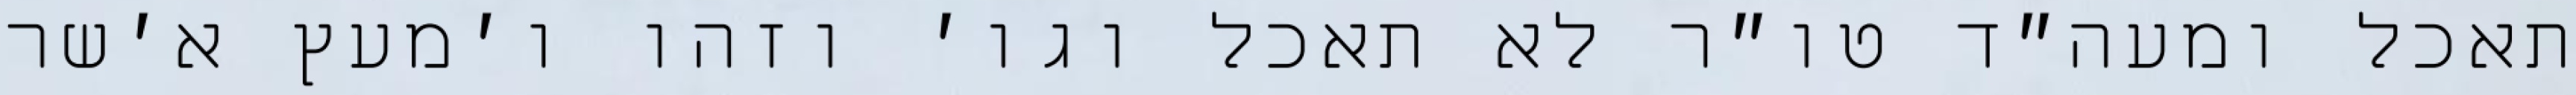
תאכל ומעה״ד טו״ר לא תאכל וגו׳ וזהו ו׳מעץ א׳שר